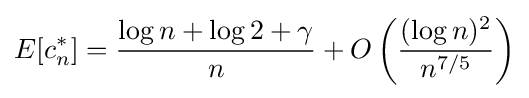
E[c_{n}^{*}]={\frac {\log n+\log 2+\gamma }{n}}+O\left({\frac {(\log n)^{2}}{n^{7/5}}}\right)